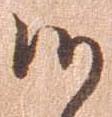
候